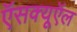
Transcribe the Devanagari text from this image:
ऍसक्यूऍल